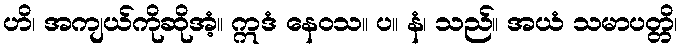
ဟိ၊ အကျယ်ကိုဆိုအံ့။ ဣဒံ နေဝသ။ ပ။ နံ၊ သည်။ အယံ သမာပတ္တိ၊